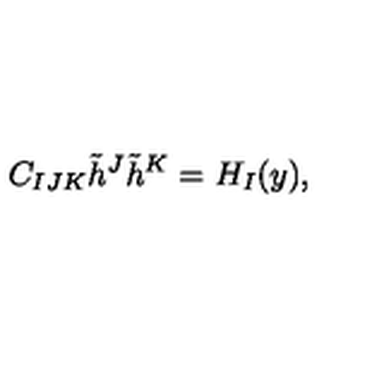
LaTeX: C _ { I J K } \tilde { h } ^ { J } \tilde { h } ^ { K } = H _ { I } ( y ) ,